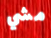
مشي